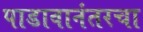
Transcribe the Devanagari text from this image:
पाडावानंतरचा